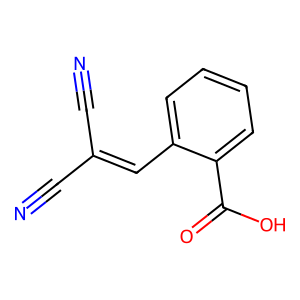
SMILES: N#CC(C#N)=Cc1ccccc1C(=O)O
Inhibits HIV replication: No